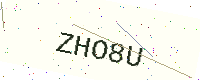
Text: ZHO8U